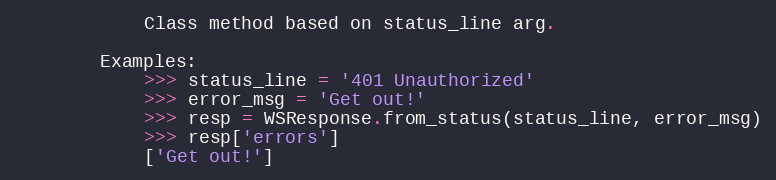
Language: Python
            Class method based on status_line arg.

        Examples:
            >>> status_line = '401 Unauthorized'
            >>> error_msg = 'Get out!'
            >>> resp = WSResponse.from_status(status_line, error_msg)
            >>> resp['errors']
            ['Get out!']